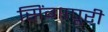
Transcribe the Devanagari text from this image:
सिंगापूरी